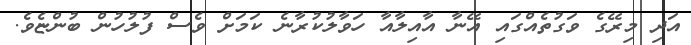
އަދި މިރޭގެ ވަގުތެއްގައި އޭނާ އާއިލާއާ ހަވާލުކުރާނެ ކަމަށް ވެސް ފުލުހުން ބުންޏެވެ.